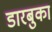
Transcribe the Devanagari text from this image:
डारबुका